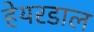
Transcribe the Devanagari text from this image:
हेयरडाल